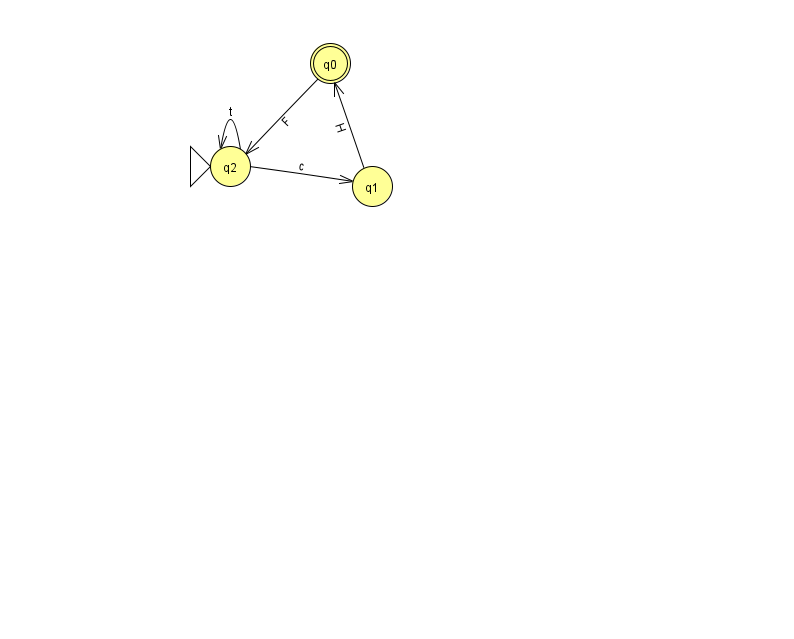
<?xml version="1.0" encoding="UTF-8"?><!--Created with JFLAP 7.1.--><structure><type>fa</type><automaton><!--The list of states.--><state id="0" name="q0"><x>330.0</x><y>50.0</y><final/></state><state id="1" name="q1"><x>372.0</x><y>173.0</y></state><state id="2" name="q2"><x>230.0</x><y>153.0</y><initial/></state><!--The list of transitions.--><transition><from>0</from><to>2</to><read>F</read></transition><transition><from>2</from><to>1</to><read>c</read></transition><transition><from>2</from><to>2</to><read>t</read></transition><transition><from>1</from><to>0</to><read>H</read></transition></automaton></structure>